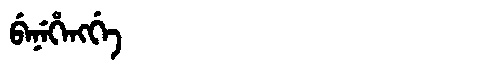
Manchu: ᠪᡝᠨᡝᡥᡝᠩᡤᡝ
Romanization: BENEHENGGE